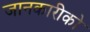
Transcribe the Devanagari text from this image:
जानकारीको